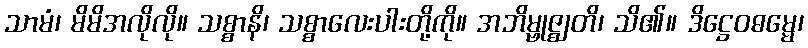
သာမံ၊ မိမိအလိုလို။ သစ္စာနိ၊ သစ္စာလေးပါးတို့ကို။ အဘိမ္ဗုဇ္ဈတိ၊ သိ၏။ ဒိဋ္ဌေဝဓမ္မေ၊